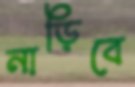
নাড়িবে